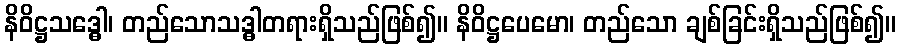
နိဝိဋ္ဌသဒ္ဓေါ၊ တည်သောသဒ္ဓါတရားရှိသည်ဖြစ်၍။ နိဝိဋ္ဌပေမော၊ တည်သော ချစ်ခြင်းရှိသည်ဖြစ်၍။